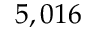
5 , 0 1 6